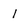
Character: 1